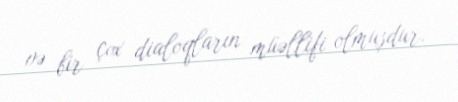
və bir çox dialoqların müəllifi olmuşdur.